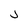
Character: j